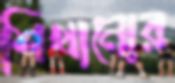
শিখানোর